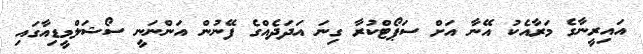
އައިރީނާގެ މަރާއެކު އޭނާ އަށް ސަޕޯޓްކުރާ ގިނަ އަދަދެއްގެ ފޭނުން އަންނަނީ ސޯޝަލްމީޑިއާގައި